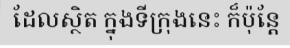
ដែលស្ថិត ក្នុងទីក្រុងនេះ ក៏ប៉ុន្តែ